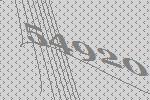
54920